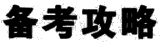
备考攻略